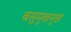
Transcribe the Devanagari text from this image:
बसुमुखमुख